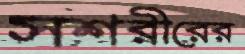
সশরীরের